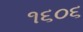
૧૬૦૬